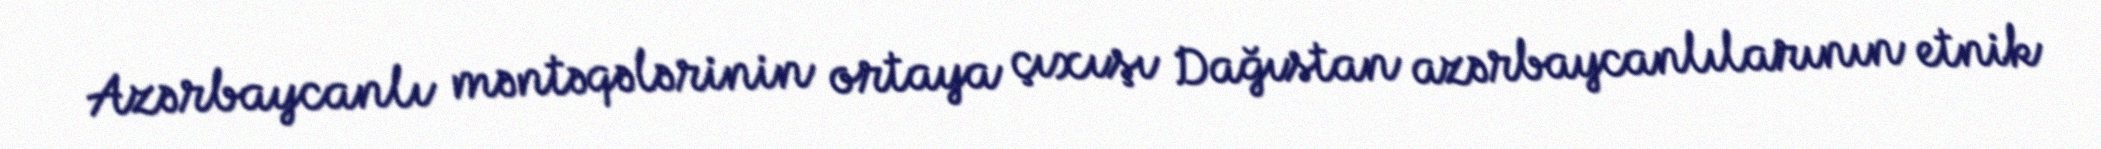
Azərbaycanlı məntəqələrinin ortaya çıxışı Dağıstan azərbaycanlılarının etnik